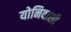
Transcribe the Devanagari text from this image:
योनिवासी